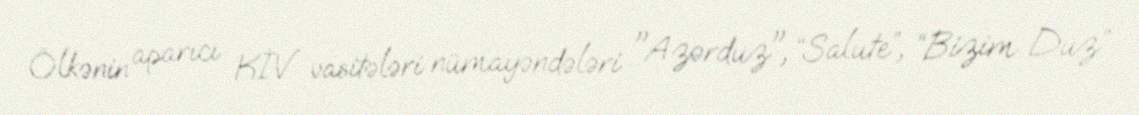
Ölkənin aparıcı KİV vasitələri nümayəndələri "Azərduz", “Salute”, “Bizim Duz”